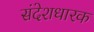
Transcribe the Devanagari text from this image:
संदेशधारक